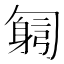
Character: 𠤂